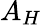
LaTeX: A_{H}